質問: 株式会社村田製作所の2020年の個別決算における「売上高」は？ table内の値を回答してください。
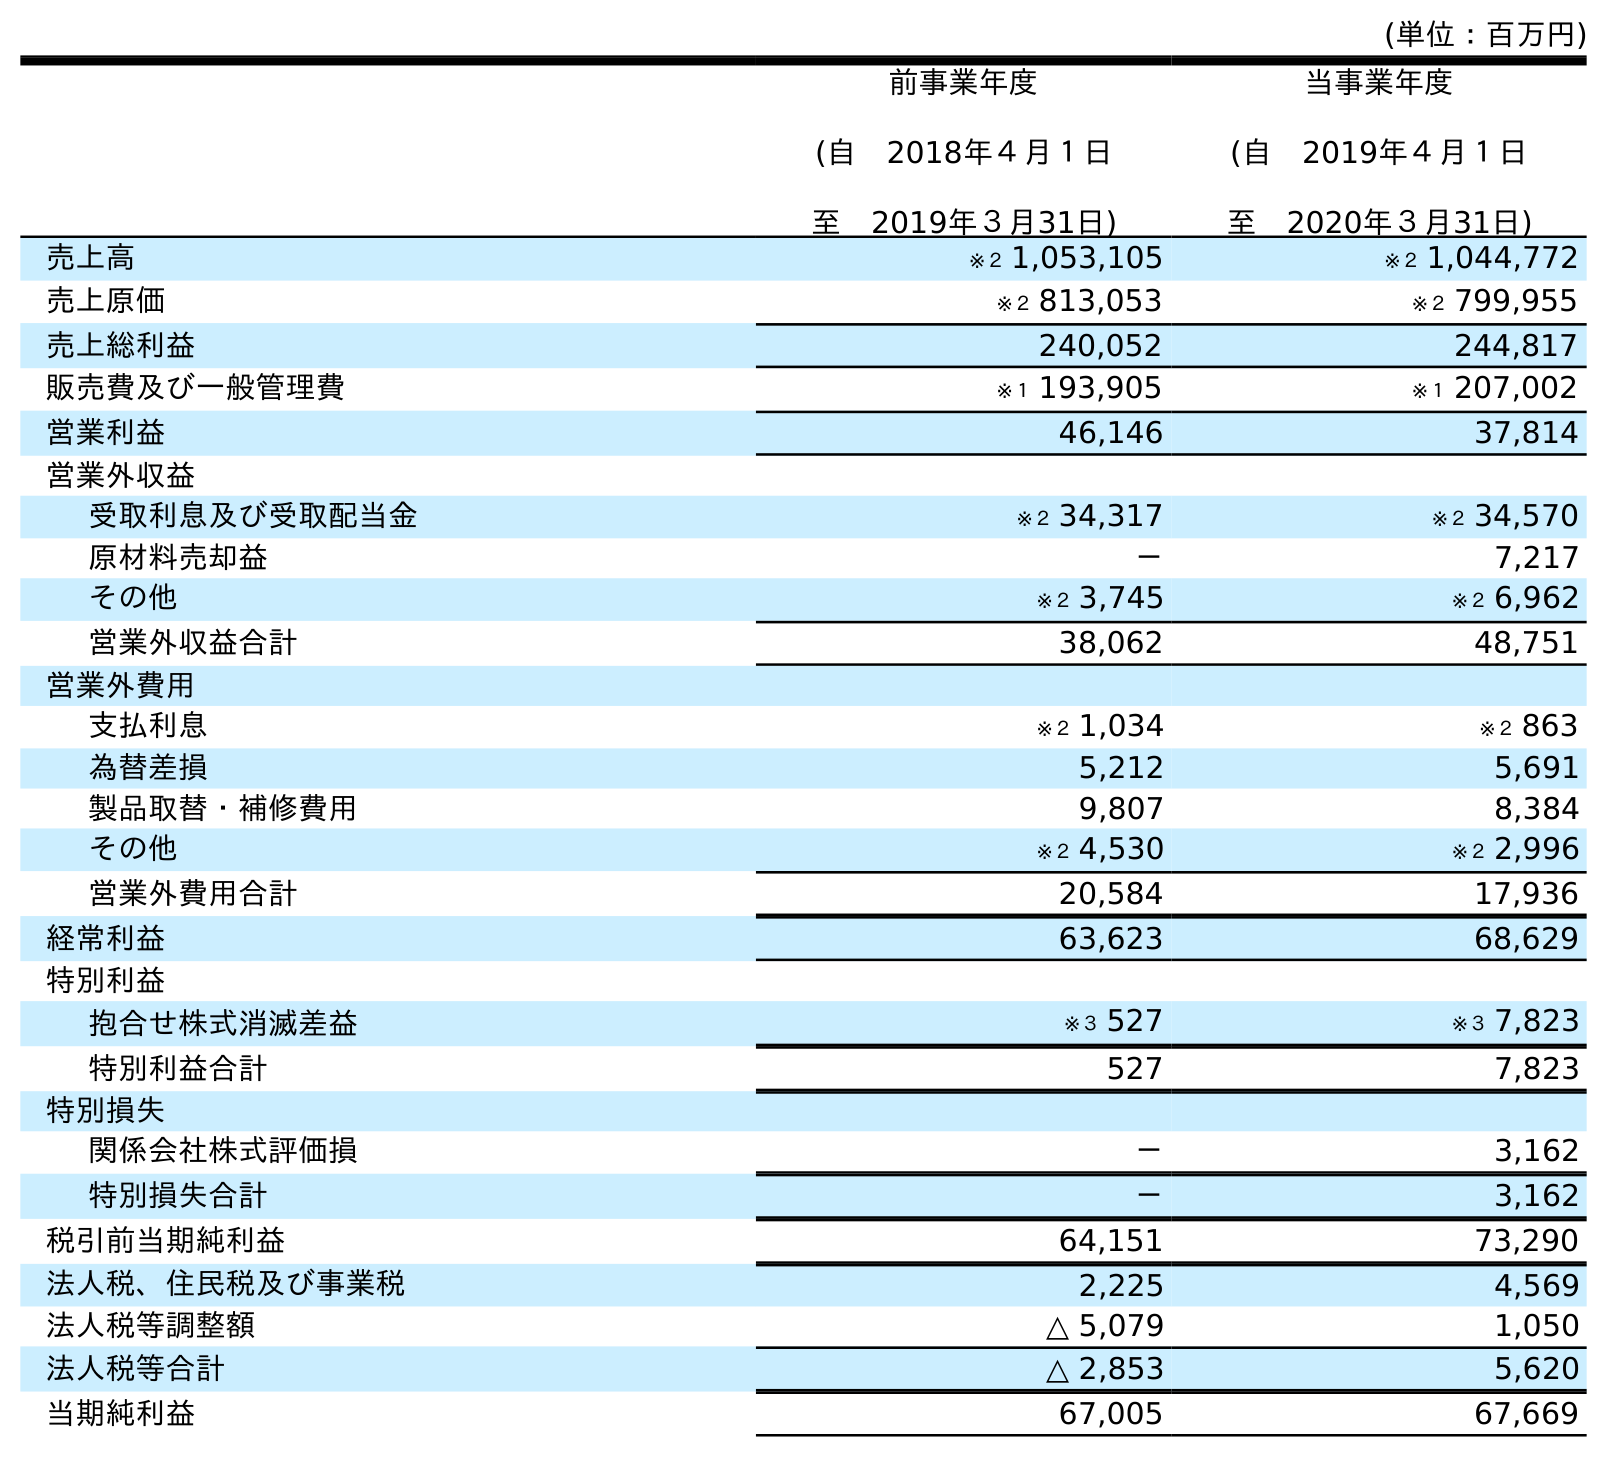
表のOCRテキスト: (単位：百万円) 前事業年度 (自 2018年４月１日 至 2019年３月31日) 当事業年度 (自 2019年４月１日 至 2020年３月31日) 売上高 ※２ 1,053,105 ※２ 1,044,772 売上原価 ※２ 813,053 ※２ 799,955 売上総利益 240,052 244,817 販売費及び一般管理費 ※１ 193,905 ※１ 207,002 営業利益 46,146 37,814 営業外収益 受取利息及び受取配当金 ※２ 34,317 ※２ 34,570 原材料売却益 － 7,217 その他 ※２ 3,745 ※２ 6,962 営業外収益合計 38,062 48,751 営業外費用 支払利息 ※２ 1,034 ※２ 863 為替差損 5,212 5,691 製品取替・補修費用 9,807 8,384 その他 ※２ 4,530 ※２ 2,996 営業外費用合計 20,584 17,936 経常利益 63,623 68,629 特別利益 抱合せ株式消滅差益 ※３ 527 ※３ 7,823 特別利益合計 527 7,823 特別損失 関係会社株式評価損 － 3,162 特別損失合計 － 3,162 税引前当期純利益 64,151 73,290 法人税、住民税及び事業税 2,225 4,569 法人税等調整額 △ 5,079 1,050 法人税等合計 △ 2,853 5,620 当期純利益 67,005 67,669
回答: ※２1,044,772